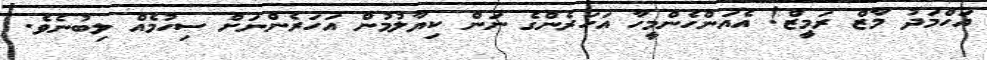
އަހްމަދު މާޒް ރަމީޒް! އެއަންހެންމީހާ އަހަރެންގެ ނަން ކިޔާލުމުން އަހަރެންނަށް ސިހުމެއް ލިބުނެވެ.